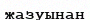
жазуынан